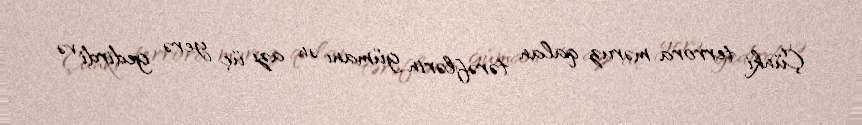
Çünki terrora məruz qalan tərəflərin gümanı ən azı üç yerə gedirdi və